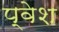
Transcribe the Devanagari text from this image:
प्वेश